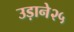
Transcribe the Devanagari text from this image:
उड़ाने२५